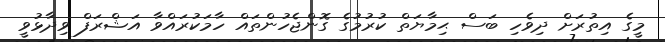
މީގެ އިތުރަށް ދިވެހި ބަސް ޙިމާޔަތް ކުރުމުގެ ގޮންޖެހުންތައް ހާމަކުރައްވާ އަޝްރަފް ވިދާޅުވީ